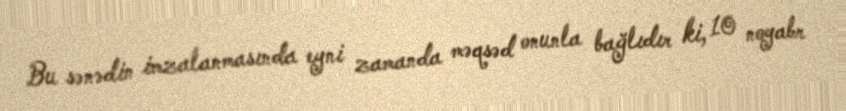
Bu sənədin imzalanmasında eyni zamanda məqsəd onunla bağlıdır ki, 10 noyabr